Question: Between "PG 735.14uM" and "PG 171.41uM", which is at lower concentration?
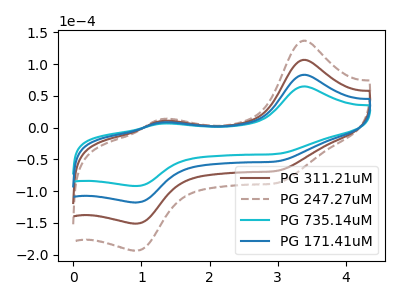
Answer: <think>The brown curve "PG 311.21uM" has anodic peaks at (3.35V, 166.70uA) (1.30V, 16.70uA) and cathodic peaks at (3.00V, -105.35uA) (0.90V, -235.85uA). The brown dashed curve "PG 247.27uM" has anodic peaks at (3.35V, 250.05uA) (1.30V, 25.05uA) and cathodic peaks at (3.00V, -158.05uA) (0.90V, -353.80uA). The cyan curve "PG 735.14uM" has anodic peaks at (3.35V, 65.00uA) (1.30V, 6.50uA) and cathodic peaks at (3.00V, -41.10uA) (0.90V, -91.95uA). The blue curve "PG 171.41uM" has anodic peaks at (3.35V, 83.35uA) (1.30V, 8.35uA) and cathodic peaks at (3.00V, -52.70uA) (0.90V, -117.95uA).
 All the peaks in "PG 735.14uM" have a peak in "PG 171.41uM" at the same potential. Every peak in "PG 735.14uM" is lower than every peak in "PG 171.41uM".</think>
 <answer>"PG 735.14uM" has less signal than "PG 171.41uM" and so likely has a lower concentration.</answer>
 <eval>less_concentration</eval>